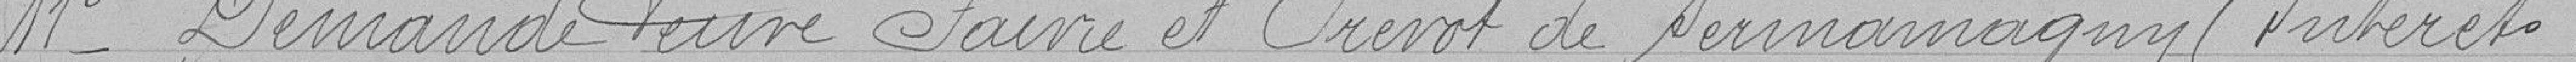
11°-Demande veuve Paivre et Prévot de Sermamagny (Intérêts).